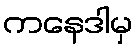
ကနေဒါမှ